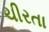
ચીરતા